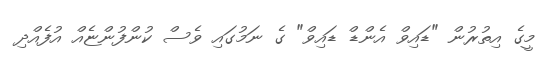
މީގެ އިތުރުން "ޑައިވް އެންޑް ޑައިވް" ގެ ނަމުގައި ވެސް ކުންފުންޏެއް އުފެއްދި